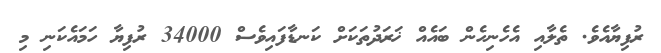
ރުފިޔާއެވެ. ތެލާއި އެހެނިހެން ބައެއް ޚަރަދުތަކަށް ކަނޑާފައިވެސް 34000 ރުފިޔާ ހަމައެކަނި މި